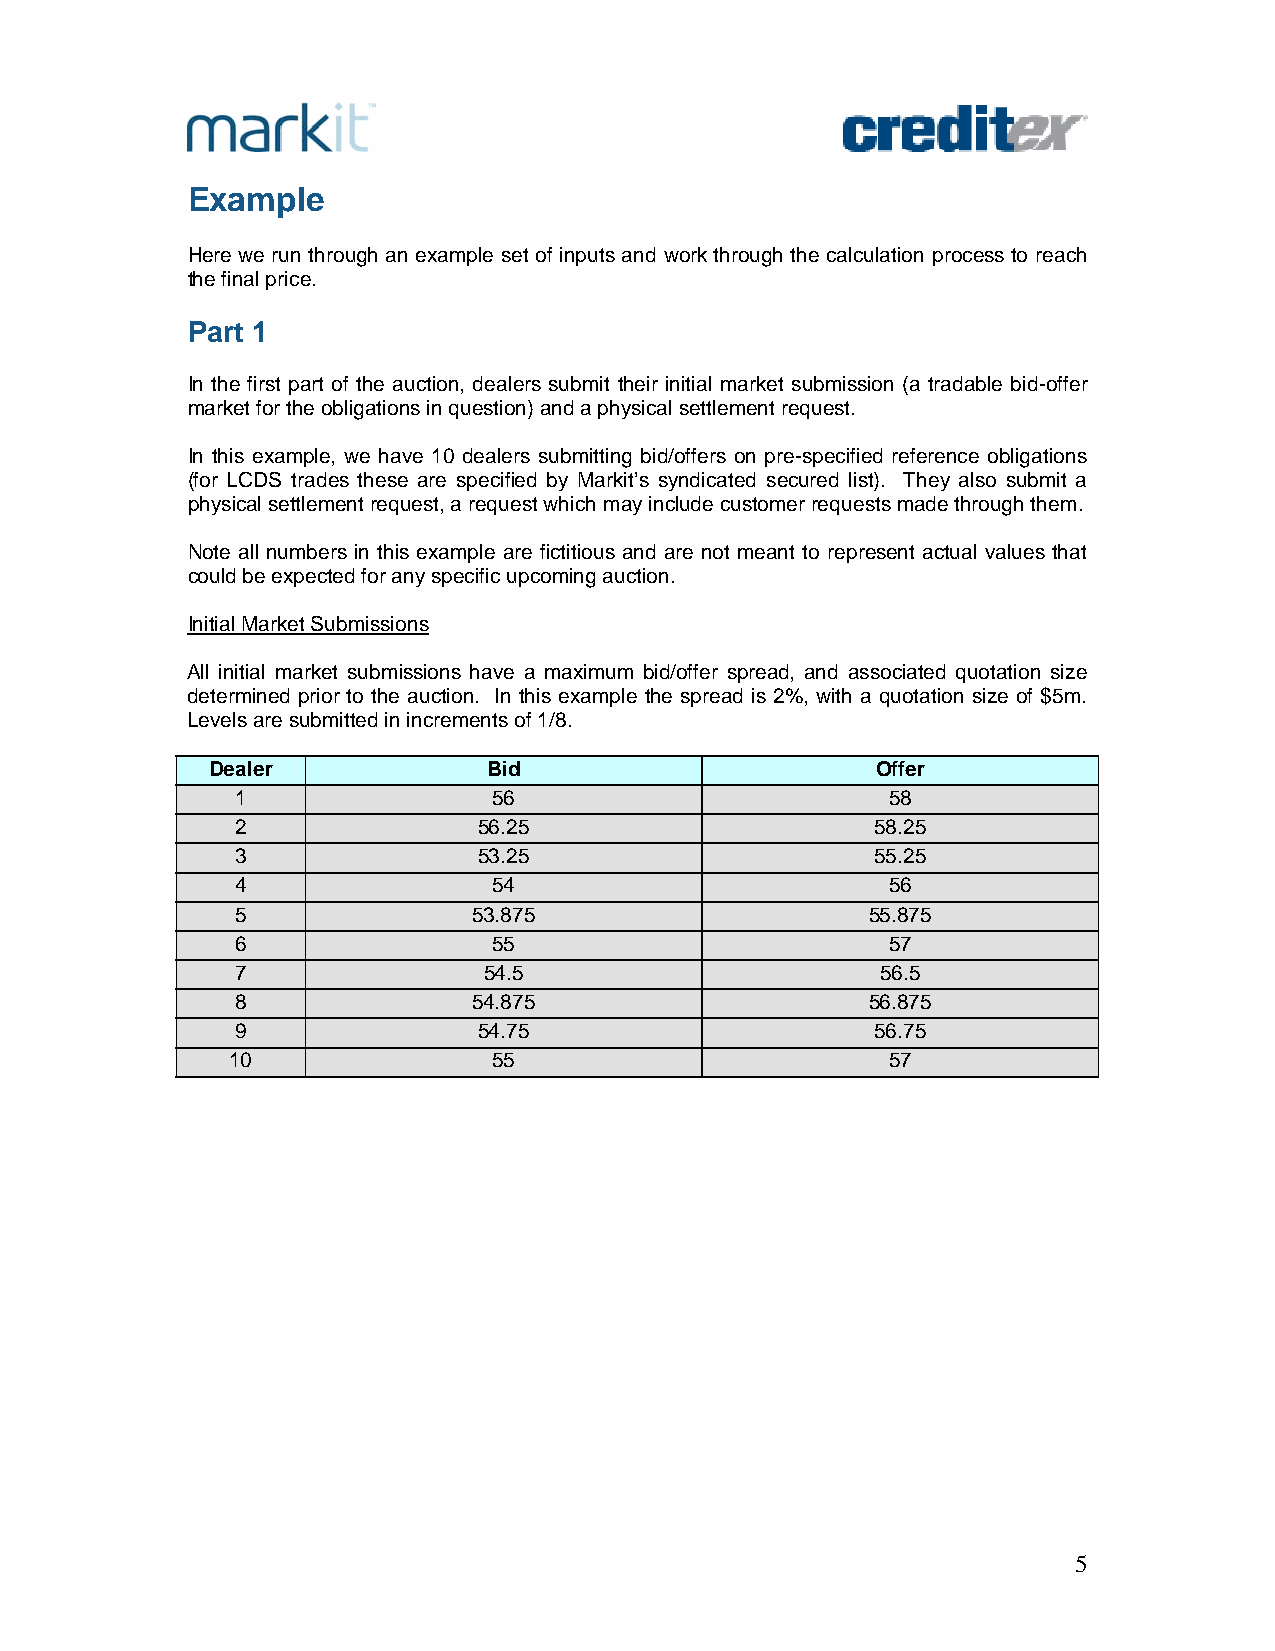
Example
 Here we run through an example set of inputs and work through the calculation process to reach
 the final price.
 Part 1
 In the first part of the auction, dealers submit their initial market submission (a tradable bid-offer
 market for the obligations in question) and a physical settlement request.
 In this example, we have 10 dealers submitting bid/offers on pre-specified reference obligations
 (for LCDS trades these are specified by Markit’s syndicated secured list). They also submit a
 physical settlement request, a request which may include customer requests made through them.
 Note all numbers in this example are fictitious and are not meant to represent actual values that
 could be expected for any specific upcoming auction.
 Initial Market Submissions
 All initial market submissions have a maximum bid/offer spread, and associated quotation size
 determined prior to the auction. In this example the spread is 2%, with a quotation size of $5m.
 Levels are submitted in increments of 1/8.
 Dealer            Bid                       Offer
 1                56                        58
 2               56.25                     58.25
 3               53.25                     55.25
 4                54                        56
 5              53.875                     55.875
 6                55                        57
 7               54.5                      56.5
 8              54.875                     56.875
 9               54.75                     56.75
 10                55                        57
 5